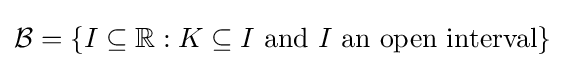
{\mathcal {B}}=\{I\subseteq \mathbb {R} :K\subseteq I{\text{ and }}I{\text{ an open interval}}\}